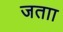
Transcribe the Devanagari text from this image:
जताा